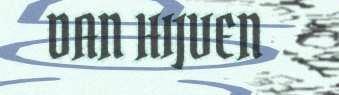
DAN HIJVEN